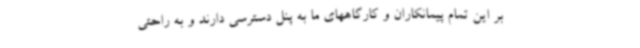
بر این تمام پیمانکاران و کارگاههای ما به پنل دسترسی دارند و به راحتی